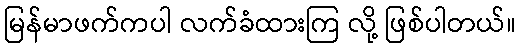
မြန်မာဖက်ကပါ လက်ခံထားကြ လို့ ဖြစ်ပါတယ်။